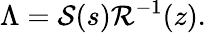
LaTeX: \Lambda=\mathcal{S}(s)\mathcal{R}^{-1}(z).